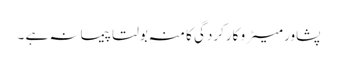
پشاور میٹرو کارکردگی کا منہ بولتا پیمانہ ہے ۔